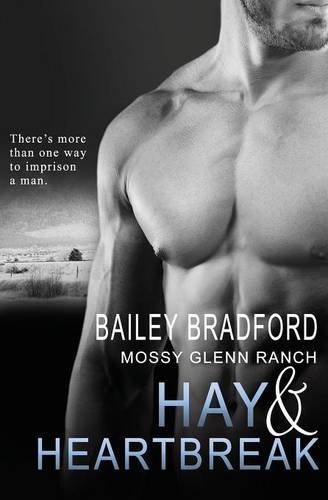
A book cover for Hay and Heartbreak (Mossy Glenn Ranch) (Volume 7); Bailey Bradford; Romance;